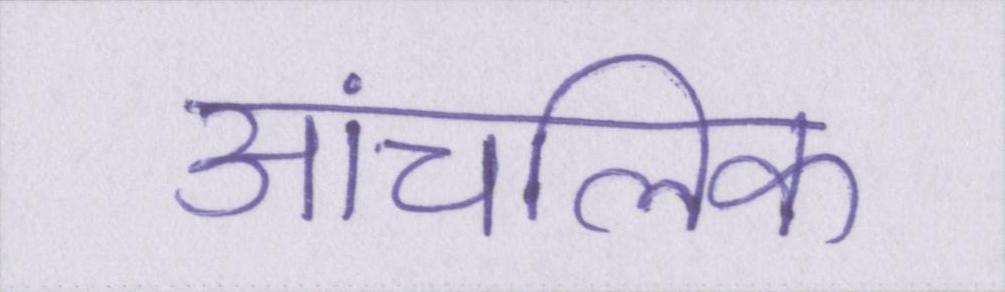
आंचलिक